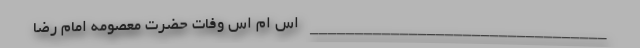
_________________________________ اس ام اس وفات حضرت معصومه امام رضا